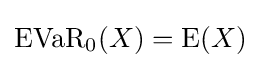
{\text{EVaR}}_{0}(X)={\text{E}}(X)